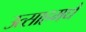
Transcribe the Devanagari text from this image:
उत्साहमधे